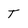
Character: T